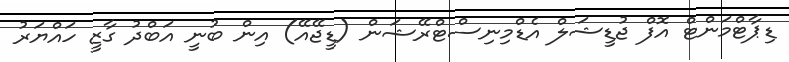
ޑިޕާޓްމަންޓް އޮފް ޖުޑީޝަލް އެޑްމިނިސްޓްރޭޝަން (ޑީޖޭއޭ) އިން ބުނީ އަބްދު ގާޒީ ހައްޔަރު